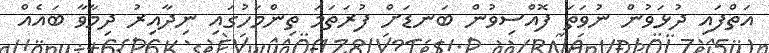
އަތްފައި ދުޅަވުން ނުވަތަ ފޮއްސިވުން ބަނޑަށް ފުރަތަމަ ތިންމަހުގައި ނިދާއިރު ދިމާވާ ބައެއް